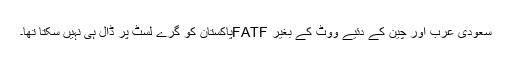
سعودی عرب اور چین کے دئیے ووٹ کے بغیر FATFپاکستان کو گرے لسٹ پر ڈال ہی نہیں سکتا تھا۔